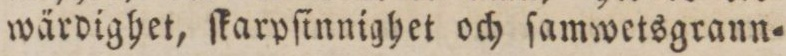
wärdighet, ſkarpſinnighet och ſamwetsgrann=